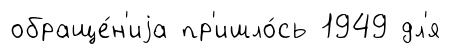
обраще́н'иjа пр'ишло́сь 1949 дл'я